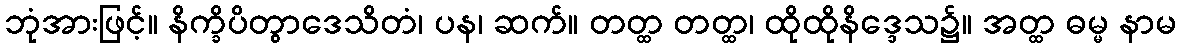
ဘုံအားဖြင့်။ နိက္ခိပိတွာဒေသိတံ၊ ပန၊ ဆက်။ တတ္ထ တတ္ထ၊ ထိုထိုနိဒ္ဒေသ၌။ အတ္ထ ဓမ္မ နာမ